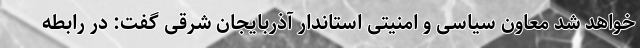
خواهد شد معاون سیاسی و امنیتی استاندار آذربایجان‌ شرقی گفت: در رابطه